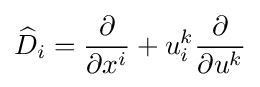
{\widehat {D}}_{i}={\frac {\partial }{\partial x^{i}}}+u_{i}^{k}{\frac {\partial }{\partial u^{k}}}